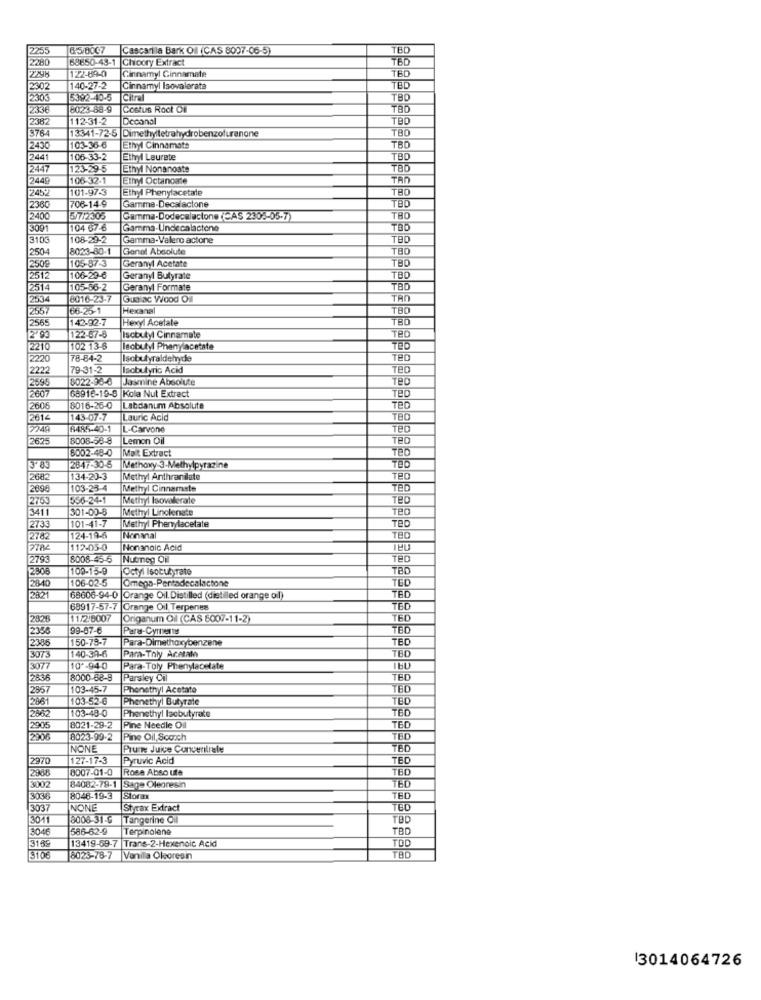
2255
65/8007
Cascarilla Bark OI (CAS 8007-06-5)
TBD
2280
68850-43-1 Chicory Extract
TBO
122-89-0
Cinnamyl Cinnamate
TED
2302
140-27-2
Cinnamyl Isovalerata
TBD
2305
5392-40-5
Citral
TBD
2336
8023-88-9
Costus Root OF
TBD
2382
12-31-2
Decanal
TBO
3764
13341-72-5 Dimethyltetrahydrobenzofuranone
TBD
2430
103-36-6
Ethyl Cinnamate
TBD
2441
106-33-2
Ethyl Leurete
TBD
2447
123-29-5
Ethyl Nonanoate
TBD
2449
106-32-1
Ethyl Octancale
TAN
2452
101.97-3
Ethyl Phenylacetate
706-14.9
Gamma-Decalactone
TBD
2360
TED
2400
5/7/2305
Gamma-Dodecalactone(CAS 2305-05-7)
TBD
3091
104 67-6
Gamma-Undecalactone
TBD
3103
108-29-2
Gamma-Valero actone
TBD
2504
8023-80-1
Genel Absolute
TBD
2509
105-87-3
Geranyl Acetate
TBD
2512
106-29-6
Geranyl Butyrate
TBD
251
105-86-2
Gerany Formate
TBD
2534
8016-23-7
Gus ac Wood Oil
TAN
2557
66-25-1
Hexanal
TBD
2565
142-92-7
Hexyl Acetate
TBD
122-67-8
Iscbutyl Cinnamate
TED
2210
102 13-6
lecbutyl Phenylacetate
TED
2220
78-84-2
Isobutyraldehyde
Teo
2222
79-31-2
Iscbutyric Acid
Teo
2595
8022-93-6
Jasmine Absolute
Teo
2607
68916-19-6 Kola Nut Extract
Tep
2606
8016-26-0
Labdanum Absolute
TeO
2614
143-07-7
Lauric Acid
2749
8485-40-1
L-Carvone
Teo
2625
8008-58-8
Lemon Oil
TeO
6002-48-0 Malt Extract
Teo
2847-30-5
Methoxy-3-Methylpyrazine
2682
134-20-3
Methyl Anthranilate
TED
2096
103-23-4
Methyl Cinnamate
TED
2753
556-24-1
Methyl Isovalerale
TED
3411
301-02-8
Methyl Linolenate
TBD
Methyl Phenylacetate
2733
101-41-7
TED
2782
124-19-6
Nonanal
TED
2782
112-05-0
Nonanoic Acid
2793
8008-45-5
Nutmeg Oil
TeO
2808
109-15-9
Octyl Isobutyrate
TBD
106-02-5
Omega-Pentadecalactone
2840
TED
2821
68606-94-0 Orange Oil. Distilled (distilled orange oil)
TED
68917-57-7 |Orange Oil Terpenes
TED
2826
11/2'9007
Origanum Oil (CAS 6007-11-2)
TED
2338
99-07-6
Pars-Cyrnerns
2386
150-78-7
Para-Dimethoxybenzene
TED
140-39-6
3073
Para-Thly Acetate
TBD
3077
10 *- 94-0
Para-Toly Phenylacetate
28.36
8000-68-8
Parsley Cil
TED
2857
103-45-7
Phonethyl Acetate
TBD
2861
103-52-0
Phenethyl Butyrate
TED
2862
103-48-0
Phonethyl Isebutyrate
TED
2905
8021-29-2
Pine Needle Oil
TED
2906
8023-99-2
Pine Oil, Scotch
TED
NONE
Prune Juice Concentrate
TBD
2970
127-17-3
Pyruvic Acid
TED
2968
8007-01-0
Rose Abso ute
TED
3002
84082-78-1 |Sage Oleoresin
TBD
3036
8048-19-3
Storax
TED
303
NONE
Styrax Extract
TED
3011
8008-31-6
Tangerine Oil
TBD
586-62-9
Terpinolene
TBD
13419-69-7 |Trans-2-Hexenoic Acid
TOD
3169
3106
8023-78-7 |Vanilla Oleoresin
TBD
13014064726